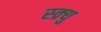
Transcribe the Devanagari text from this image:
स्क्र्यु